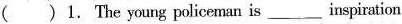
( )1. The young policeman is ___ inspiration